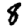
Digit: 8